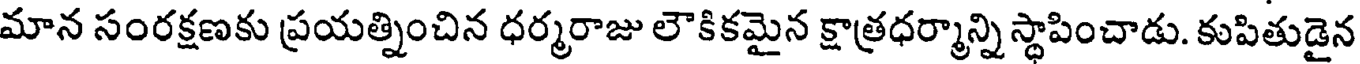
మాన సంరక్షణకు ప్రయత్నించిన ధర్మరాజు లౌకికమైన క్షాత్రధర్మాన్ని స్థాపించాడు. కుపితుడైన